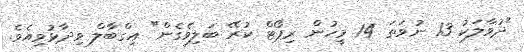
"ދުވާލަކު 13 ނުވަތަ 14 މީހުން ރިޕޯޓް ކުރޭ ބަލިވެގެން" އިގްބާލް ވިދާޅުވިއެވެ.